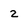
Character: 2